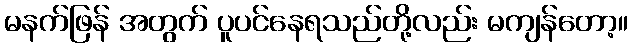
မနက်ဖြန် အတွက် ပူပင်နေရသည်တို့လည်း မကျန်တော့။